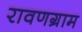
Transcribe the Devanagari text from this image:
रावणग्राम